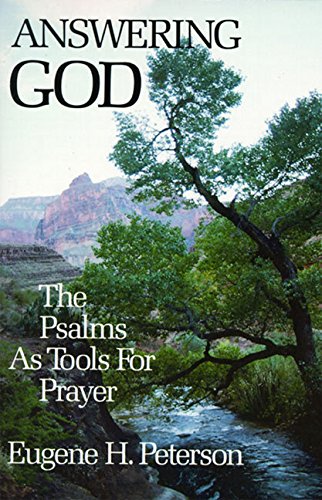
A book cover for Answering God: The Psalms as Tools for Prayer; Eugene H. Peterson; Christian Books & Bibles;